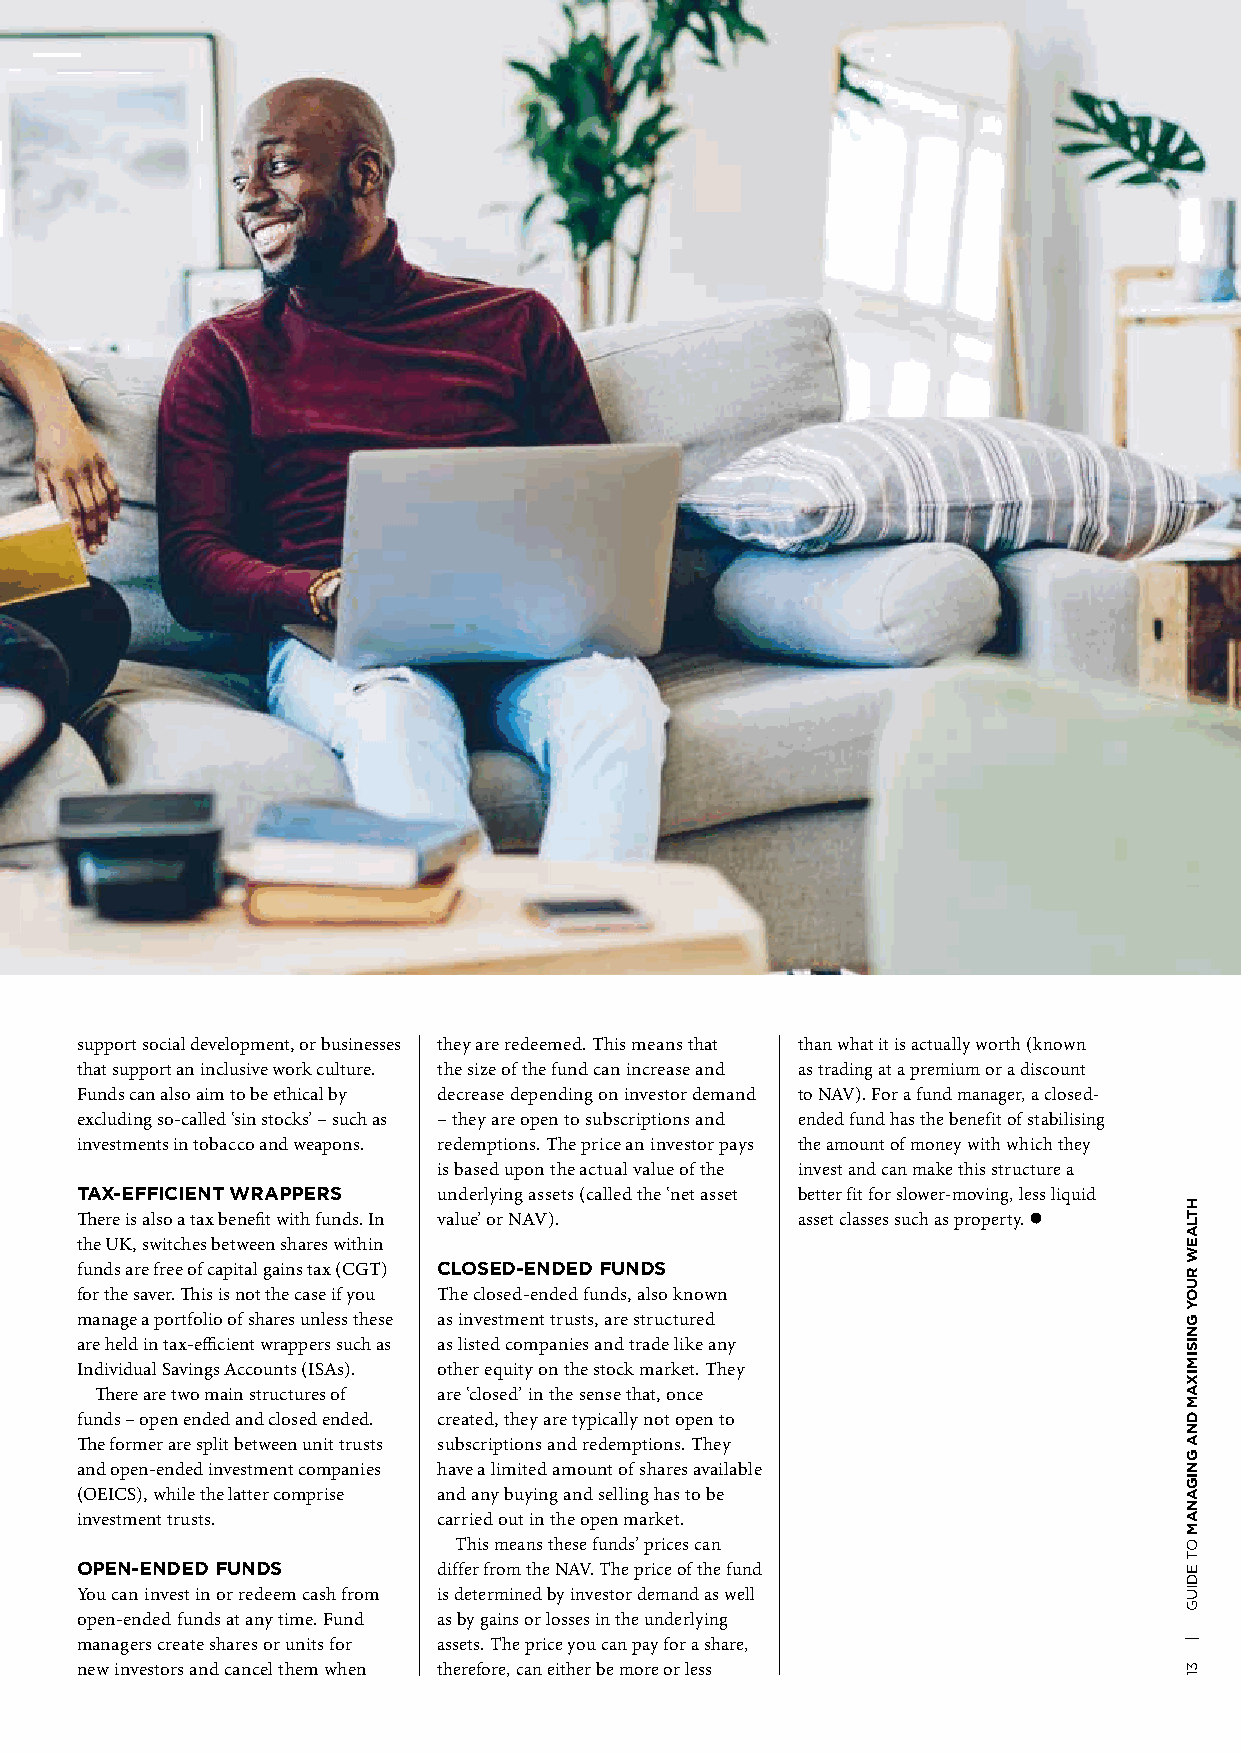
support social development, or businesses they are redeemed. This means that than what it is actually worth (known
 that support an inclusive work culture. the size of the fund can increase and as trading at a premium or a discount
 Funds can also aim to be ethical by decrease depending on investor demand to NAV). For a fund manager, a closed-
 excluding so-called ‘sin stocks’ – such as – they are open to subscriptions and ended fund has the benefit of stabilising
 investments in tobacco and weapons. redemptions. The price an investor pays the amount of money with which they
 is based upon the actual value of the invest and can make this structure a
 TAX-EFFICIENT WRAPPERS  underlying assets (called the ‘net asset better fit for slower-moving, less liquid
 There is also a tax benefit with funds. In value’ or NAV). asset classes such as property. l
 the UK, switches between shares within
 funds are free of capital gains tax (CGT) CLOSED-ENDED FUNDS
 for the saver. This is not the case if you The closed-ended funds, also known
 manage a portfolio of shares unless these as investment trusts, are structured
 are held in tax-efficient wrappers such as as listed companies and trade like any
 Individual Savings Accounts (ISAs). other equity on the stock market. They
 There are two main structures of are ‘closed’ in the sense that, once
 funds – open ended and closed ended. created, they are typically not open to
 The former are split between unit trusts subscriptions and redemptions. They
 and open-ended investment companies have a limited amount of shares available
 (OEICS), while the latter comprise and any buying and selling has to be
 investment trusts.      carried out in the open market.
 This means these funds’ prices can
 OPEN-ENDED FUNDS        differ from the NAV. The price of the fund
 You can invest in or redeem cash from is determined by investor demand as well
 open-ended funds at any time. Fund as by gains or losses in the underlying
 managers create shares or units for assets. The price you can pay for a share,
 new investors and cancel them when therefore, can either be more or less
 HTLAEW
 RUOY
 GNISIMIXAM
 DNA
 GNIGANAM
 OT
 EDIUG
 |
 31